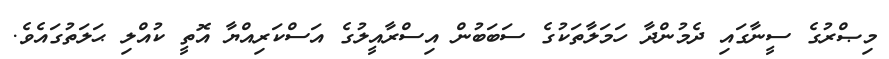
މިޞްރުގެ ސީނާގައި ދެމުންދާ ހަމަލާތަކުގެ ސަބަބުން އިސްރާއީލުގެ އަސްކަރިއްޔާ އޮތީ ކުއްލި ޙަލަތުގައެވެ.